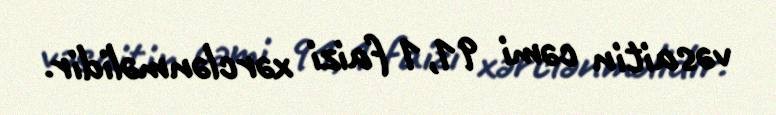
vəsaitin cəmi 91,1 faizi xərclənməlidir.